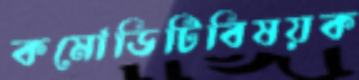
কমোডিটিবিষয়ক